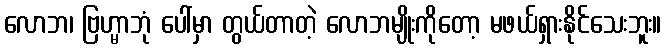
လောဘ၊ ဗြဟ္မာဘုံ ပေါ်မှာ တွယ်တာတဲ့ လောဘမျိုးကိုတော့ မဖယ်ရှားနိုင်သေးဘူး။